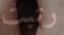
رتبت